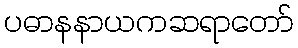
ပဓာနနာယကဆရာတော်